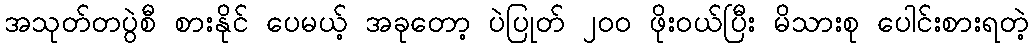
အသုတ်တပွဲစီ စားနိုင် ပေမယ့် အခုတော့ ပဲပြုတ် ၂၀၀ ဖိုးဝယ်ပြီး မိသားစု ပေါင်းစားရတဲ့